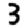
Digit: 3